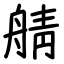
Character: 䑶